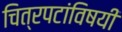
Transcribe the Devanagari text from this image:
चित्रपटांविषयी